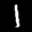
Label: 1